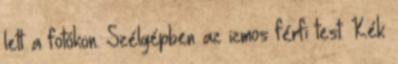
lett a fotókon. Szélgépben az izmos férfi test. Kék